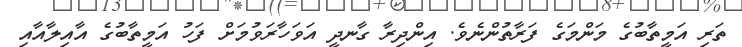
ތަރި އަމީތާބުގެ މަންމަގެ ފަރާތުންނެވެ. އިންދިރާ ގާނދީ އަވަހާރަވުމަށް ފަހު އަމީތާބުގެ އާއިލާއާއި